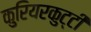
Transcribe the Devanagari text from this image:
कुरियरकुट्टी